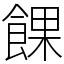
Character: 餜